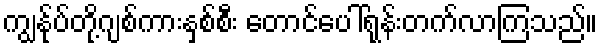
ကျွန်ုပ်တို့ဂျစ်ကားနှစ်စီး တောင်ပေါ်ရုန်းတက်လာကြသည်။